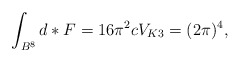
\begin{align*}\int_{B^{8}} d \ast F = 16 \pi^2 c V_{K3} = (2 \pi)^4,\end{align*}